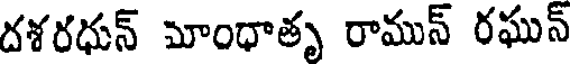
దళరధున్ మాంధాతృ రామున్ రఘున్